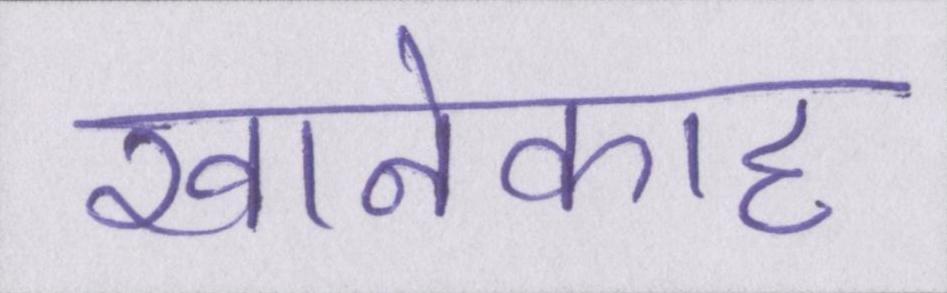
खानेकाह